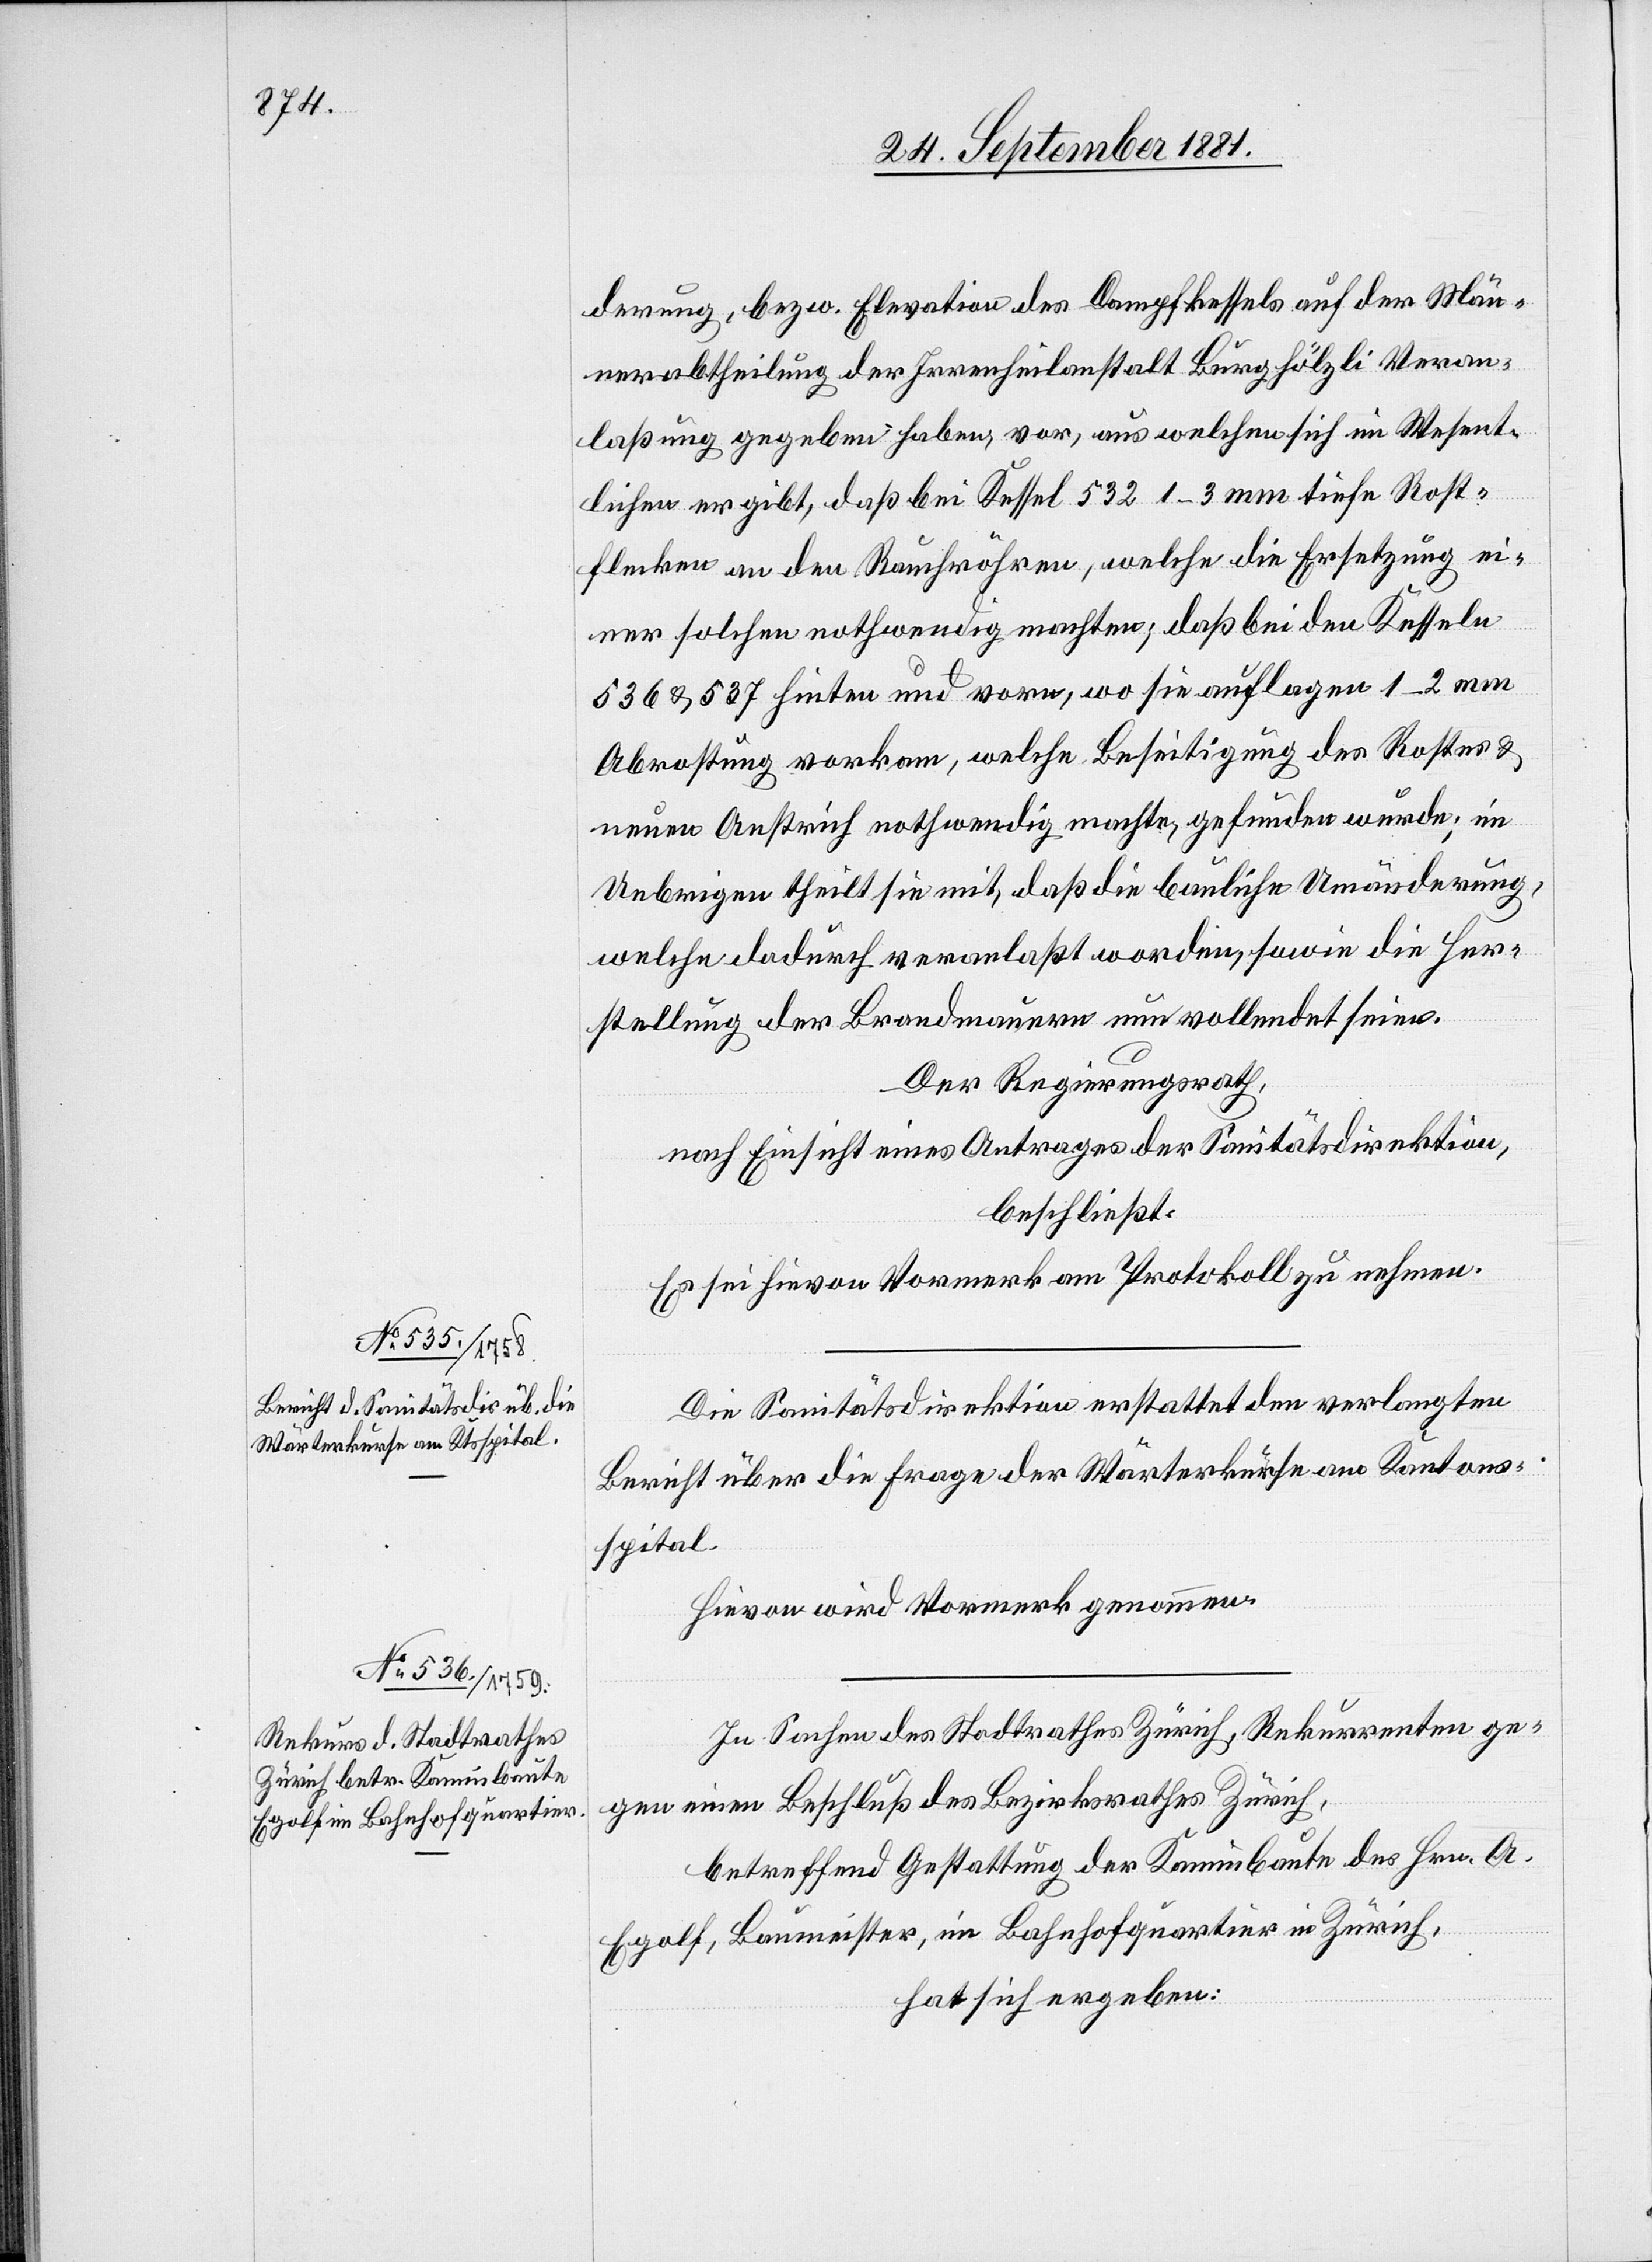
derung, bezw. Elevation des Dampfkessels auf der Män¬
nerabtheilung der Irrenheilanstalt Burghölzli Veran¬
laßung gegeben habe, vor, aus welchen sich im Wesent¬
lichen ergibt, daß bei Kessel 523 1–3 mm tiefe Rost¬
flecken an den Rauchröhren, welche die Ersetzung ei¬
ner solchen nothwendig machten; daß die Kessel
536 & 537 hinten und vorne, wo sie auflagen 1–2 mm
Abrostung vorkam, welche Beseitigung des Rostes &
neuen Anstrich nothwendig machte, gefunden wurde; im
Uebrigen theilt sie mit, daß die bauliche Umänderung,
welche dadurch veranlaßt worden, sowie die Her¬
stellung der Brandmauer nun vollendet seien.
Der Regierungsrath,
nach Einsicht eines Antrages der Sanitätsdirektion,
beschließt:
Es sei hievon Vormerk am Protokoll zu nehmen.
Die Sanitätsdirektion erstattet den verlangten
Bericht über die Frage der Wärterkurse am Kantons¬
spital.
Hievon wird Vormerk genommen.
In Sachen des Stadtrathes Zürich, Rekurrenten ge¬
gen einen Beschluß des Bezirksrathes Zürich,
betreffend Gestattung der Kaminbaute des Hrn. A.
Egolf, Baumeister, im Bahnhofquartier in Zürich,
hat sich ergeben